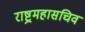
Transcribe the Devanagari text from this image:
राष्ट्रमहासचिव